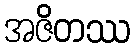
အဇိတဿ